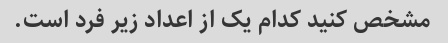
مشخص کنید کدام یک از اعداد زیر فرد است.